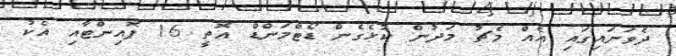
ދެވަނައިގައި އެއް މެޗު މަދުން ކުޅެގެން ޑޯޓްމަންޑް އޮތީ 16 ޕޮއިންޓާއި އެކު